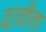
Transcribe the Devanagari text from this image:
दावीला